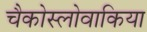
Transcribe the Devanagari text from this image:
चैकोस्लोवाकिया